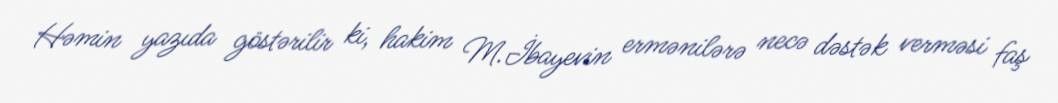
Həmin yazıda göstərilir ki, hakim M.İbayevin ermənilərə necə dəstək verməsi faş